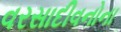
વરસાદીવનોના